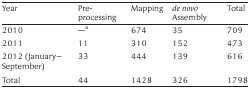
<table><thead><tr><td><b>Year</b></td><td><b>Pre-processing</b></td><td><b>Mapping</b></td><td><b><i>de novo</i> Assembly</b></td><td><b>Total</b></td></tr></thead><tbody><tr><td>2010</td><td>—<sup>a</sup></td><td>674</td><td>35</td><td>709</td></tr><tr><td>2011</td><td>11</td><td>310</td><td>152</td><td>473</td></tr><tr><td>2012 (January–September)</td><td>33</td><td>444</td><td>139</td><td>616</td></tr><tr><td>Total</td><td>44</td><td>1428</td><td>326</td><td>1798</td></tr></tbody></table>